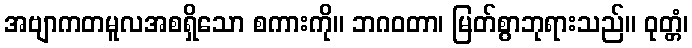
အဗျာကတမူလအစရှိသော စကားကို။ ဘဂဝတာ၊ မြတ်စွာဘုရားသည်။ ဝုတ္တံ၊